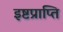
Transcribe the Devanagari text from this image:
इष्टप्राप्ति